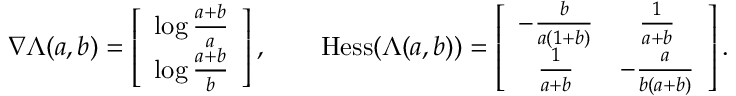
\begin{array} { r } { \nabla \Lambda ( a , b ) = \left[ \begin{array} { c } { \log \frac { a + b } { a } } \\ { \log \frac { a + b } { b } } \end{array} \right] , \qquad \mathrm { H e s s } ( \Lambda ( a , b ) ) = \left[ \begin{array} { c c } { - \frac { b } { a ( 1 + b ) } } & { \frac { 1 } { a + b } } \\ { \frac { 1 } { a + b } } & { - \frac { a } { b ( a + b ) } } \end{array} \right] . } \end{array}